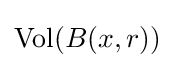
{\text{Vol}}(B(x,r))